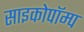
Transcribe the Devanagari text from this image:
साइकोपॉम्प